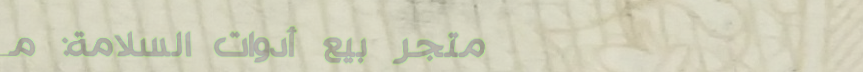
متجر بيع أدوات السلامة: م